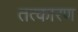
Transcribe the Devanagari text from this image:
तत्कारण